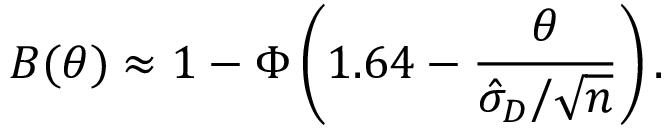
B ( \theta ) \approx 1 - \Phi \left( 1 . 6 4 - { \frac { \theta } { { \hat { \sigma } } _ { D } / { \sqrt { n } } } } \right) .